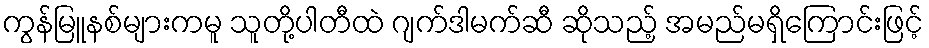
ကွန်မြူနစ်များကမူ သူတို့ပါတီထဲ ဂျက်ဒါမက်ဆီ ဆိုသည့် အမည်မရှိကြောင်းဖြင့်